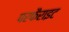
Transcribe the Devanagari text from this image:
परफैराइट